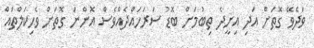
ވަދެވޭ ގޮތަށް އަދި އިށީދެ ތިބުމަށް ބޮޑު ސަރަހައްދެއްވެސް އޮންނަ ގޮތަށް ވެހިކަލްތައް